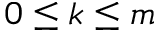
0 \leq k \leq m